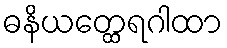
ဓနိယတ္ထေရဂါထာ